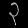
Digit: ၃